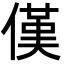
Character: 傼